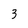
Character: 3